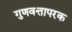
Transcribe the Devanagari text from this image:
गुणवत्तापरक